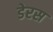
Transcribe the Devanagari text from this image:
डेरस